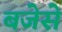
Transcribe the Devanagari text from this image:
बजेसे